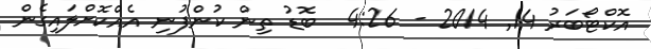
އޮކްޓޯބަރު 14